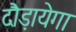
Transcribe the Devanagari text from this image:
दौड़ायेगा